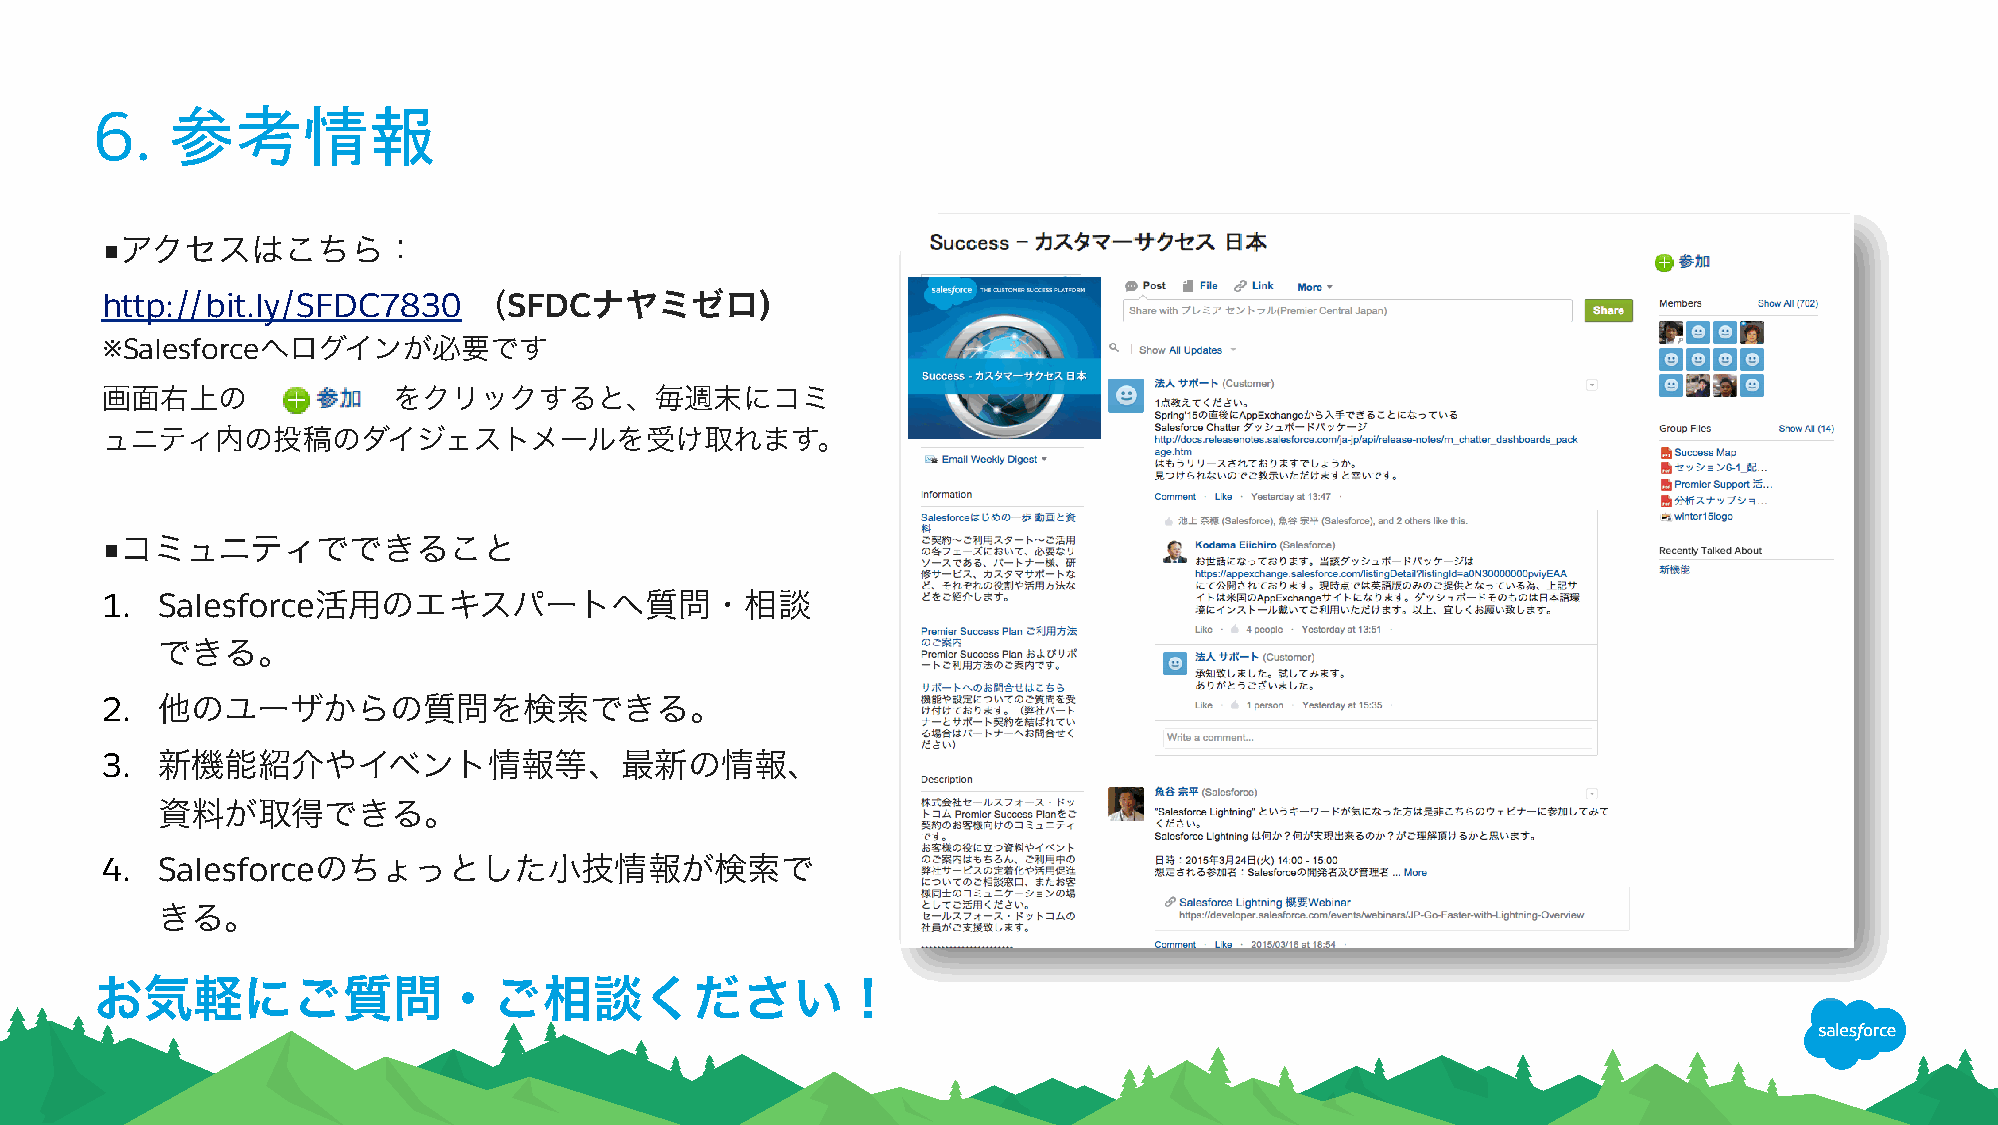
参考情報
 6.
 ■アクセスはこちら：
 http://bit.ly/SFDC7830    (SFDCナヤミゼロ)
 ※Salesforceへログインが必要です
 画面右上の              をクリックすると、毎週末にコミ
 ュニティ内の投稿のダイジェストメールを受け取れます。
 ■コミュニティでできること
 1. Salesforce活用のエキスパートへ質問・相談
 できる。
 2. 他のユーザからの質問を検索できる。
 3. 新機能紹介やイベント情報等、最新の情報、
 資料が取得できる。
 4. Salesforceのちょっとした小技情報が検索で
 きる。
 お気軽にご質問・ご相談ください！